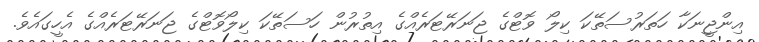
އިންޖީނަކާ ހަތަރުސަތޭކަ ކިލޯ ވޮޓްގެ ޖަނަރޭޓަރެއްގެ އިތުރުން ހަސަތޭކަ ކިލޯވޮޓްގެ ޖަނަރޭޓަރެއްގެ އެހީގައެވެ.